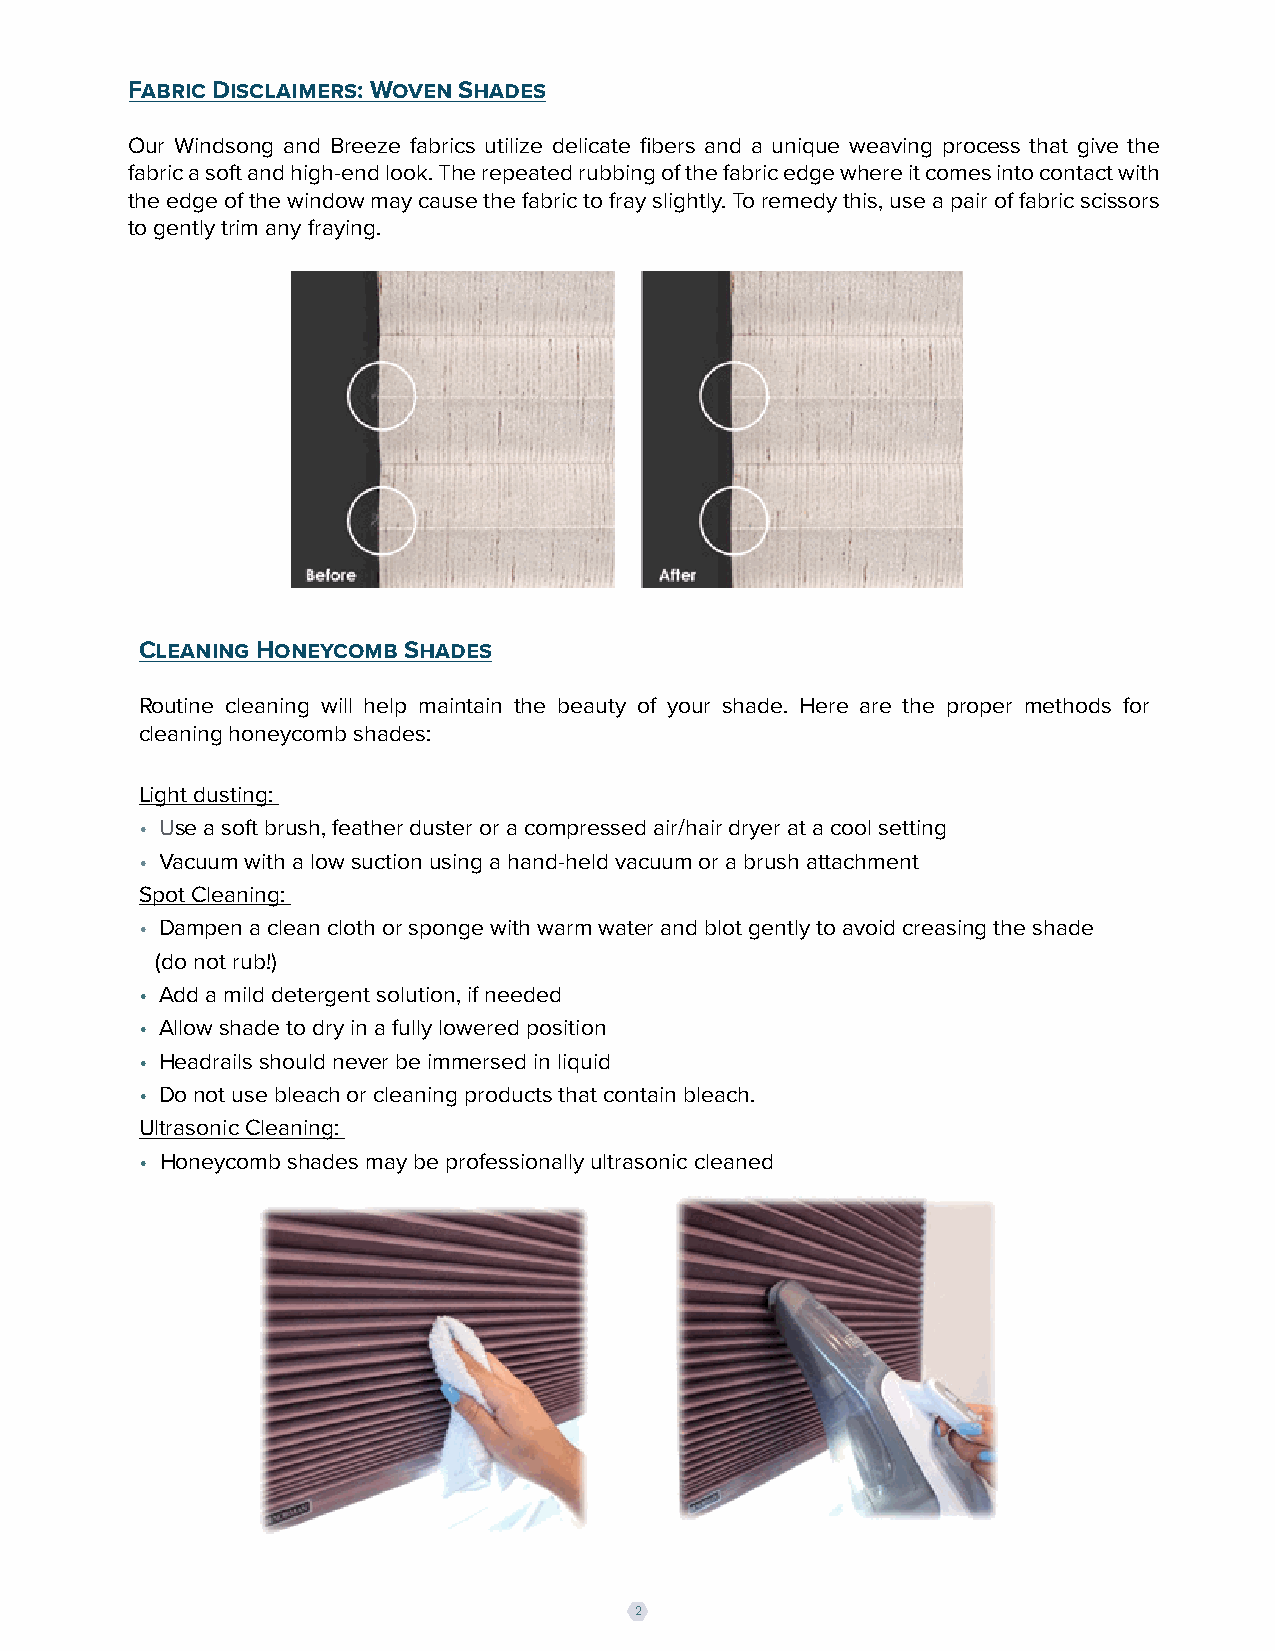
Fabric Disclaimers: Woven Shades
 Our Windsong and Breeze fabrics utilize delicate fibers and a unique weaving process that give the
 fabric a soft and high-end look. The repeated rubbing of the fabric edge where it comes into contact with
 the edge of the window may cause the fabric to fray slightly. To remedy this, use a pair of fabric scissors
 to gently trim any fraying.
 Cleaning Honeycomb Shades
 Routine cleaning will help maintain the beauty of your shade. Here are the proper methods for
 cleaning honeycomb shades:
 Light dusting:
 • Use a soft brush, feather duster or a compressed air/hair dryer at a cool setting
 • Vacuum with a low suction using a hand-held vacuum or a brush attachment
 Spot Cleaning:
 • Dampen a clean cloth or sponge with warm water and blot gently to avoid creasing the shade
 (do not rub!)
 • Add a mild detergent solution, if needed
 • Allow shade to dry in a fully lowered position
 • Headrails should never be immersed in liquid
 • Do not use bleach or cleaning products that contain bleach.
 Ultrasonic Cleaning:
 • Honeycomb shades may be professionally ultrasonic cleaned
 2